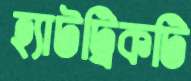
হ্যাটট্রিকটি